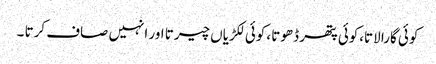
کوئی گارا لاتا،کوئی پتھر ڈھوتا ،کوئی لکڑیاں چیرتا اور انہیں صاف کرتا ۔